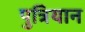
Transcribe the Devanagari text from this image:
पुत्रियान